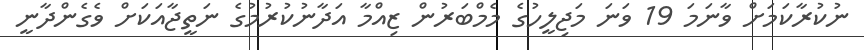
ނުކުރާކަމަށް ވާނަމަ 19 ވަނަ މަޖިލީހުގެ މެމްބަރުން ޒިއްމާ އަދާނުކުރުމުގެ ނަތީޖާއަކަށް ވެގެންދާނީ